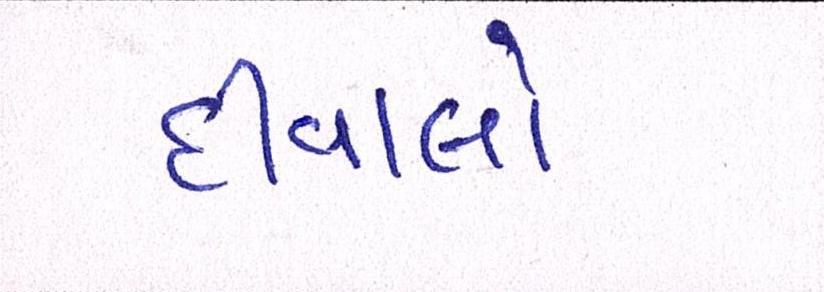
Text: દીવાલો